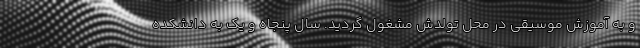
و به آموزش موسیقی در محل تولدش مشغول گردید. سال پنجاه و یک به دانشکده